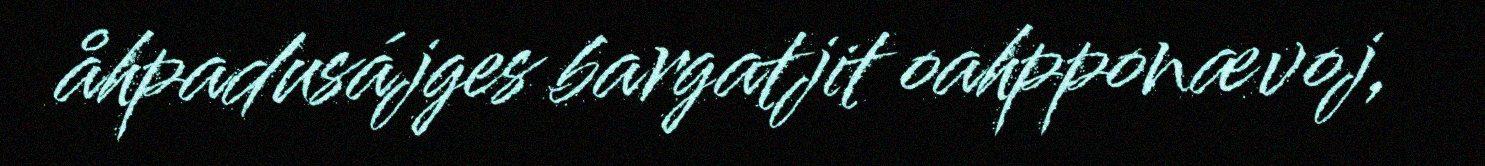
åhpadusájges bargatjit oahpponævoj,